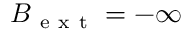
B _ { \mathrm { ~ e ~ x ~ t ~ } } = - \infty